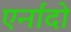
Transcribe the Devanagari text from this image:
एर्नांदो